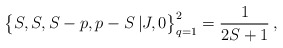
\begin{align*} \bigl\{ S , S , S-p , p-S \,| J , 0 \bigr\}_{q=1}^2 = \frac{1}{ 2S+1} \,, \end{align*}